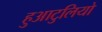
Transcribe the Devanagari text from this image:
हुआटुलियो